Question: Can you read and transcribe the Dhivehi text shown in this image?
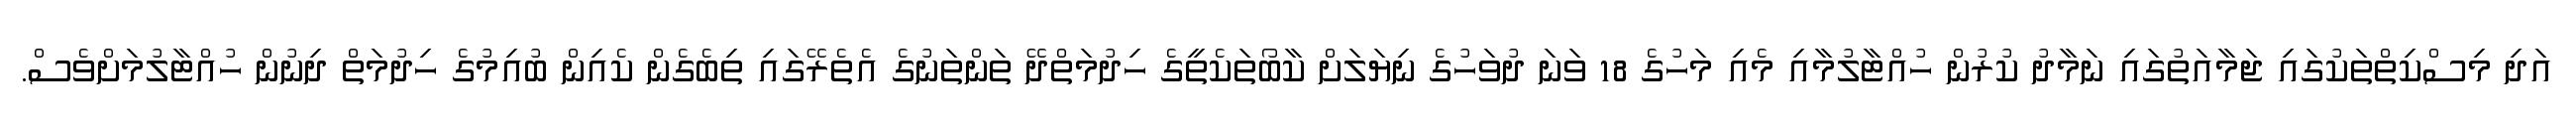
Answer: އަދި މިސްކިތްތަކުގައި ޖަމާއަތުގައި ނަމާދު ކުރުން ހުއްޓާލުމާއި މެއި މަހުގެ 18 ވަނަ ދުވަހުގެ ނިޔަލަށް ކާބޯތަކެތީގެ ހިދުމަތްދޭ ތަންތަނުގެ އެތެރޭގައި ތިބެގެން ކެއިން ބުއިމުގެ ހިދުމަތް ދިނުން ހުއްޓާލުމަށްވެސް.